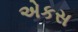
એકસ